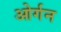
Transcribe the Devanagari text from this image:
ओर्गन